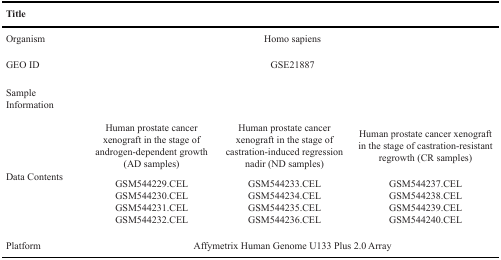
<table><thead><tr><td><b>Title</b></td><td colspan="3"></td></tr></thead><tbody><tr><td>Organism</td><td colspan="3">Homo sapiens</td></tr><tr><td>GEO ID</td><td colspan="3">GSE21887</td></tr><tr><td>Sample Information</td><td colspan="3"></td></tr><tr><td rowspan="2">Data Contents</td><td>Human prostate cancer xenograft in the stage of androgen-dependent growth (AD samples)</td><td>Human prostate cancer xenograft in the stage of castration-induced regression nadir (ND samples)</td><td>Human prostate cancer xenograft in the stage of castration-resistant regrowth (CR samples)</td></tr><tr><td>GSM544229.CELGSM544230.CELGSM544231.CELGSM544232.CEL</td><td>GSM544233.CELGSM544234.CELGSM544235.CELGSM544236.CEL</td><td>GSM544237.CELGSM544238.CELGSM544239.CELGSM544240.CEL</td></tr><tr><td>Platform</td><td colspan="3">Affymetrix Human Genome U133 Plus 2.0 Array</td></tr></tbody></table>